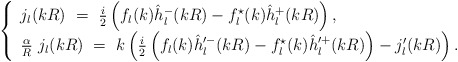
\begin{align*}\left\{ \begin{array}{ll}j_{l}(kR)\ =\ \frac i2 \left(f_l(k)\hat h^-_l(kR)-f^{\star}_l(k)\hat h^+_l(kR)\right), \\ \frac{\alpha}{R}\ j_{l}(kR)\ =\ k\left(\frac i2 \left(f_l(k)\hat h'^-_l(kR)-f^{\star}_l(k)\hat h'^+_l(kR)\right)-j'_l(kR) \right).\end{array}\right.\end{align*}